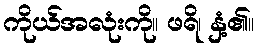
ကိုယ်အလုံးကို။ ဖရိ၊ နှံ့၏။